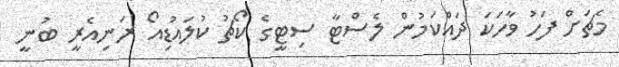
މެޗަށް ފަހު ވާހަކަ ދައްކަމުން ލެސްޓާ ސިޓީގެ ކޯޗު ކުލައުޑިއޯ ރަނިއެރީ ބުނީ